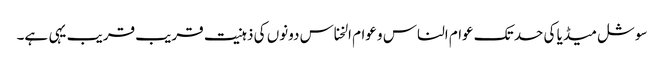
سوشل میڈیا کی حد تک عوام الناس و عوام الخناس دونوں کی ذہنیت قریب قریب یہی ہے۔